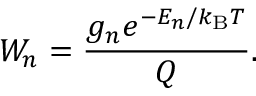
W _ { n } = \frac { g _ { n } e ^ { - E _ { n } / k _ { \mathrm { B } } T } } { Q } .